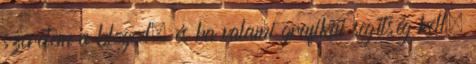
szeretem a blogod, és ha valami grafikai segítség kell,